Indian journal of veterinary science and animal husbandry - Volume 6,
Year: 1936
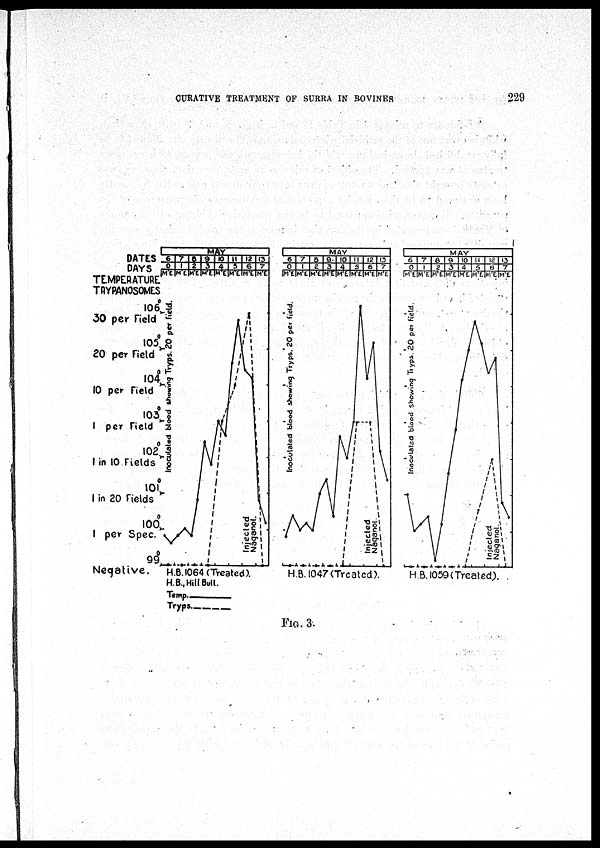
CURATIVE TREATMENT OF SURRA IN BOVINES
229
FIG. 3.